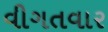
વીગતવાર